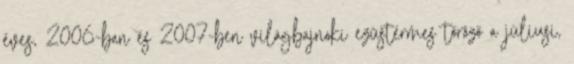
éves, 2006-ban és 2007-ben világbajnoki ezüstérmes tőröző a júliusi,